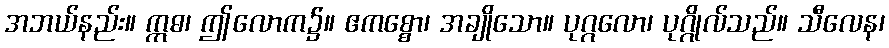
အဘယ်နည်း။ ဣဓ၊ ဤလောက၌။ ဧကစ္စော၊ အချိုသော။ ပုဂ္ဂလော၊ ပုဂ္ဂိုလ်သည်။ သီလေန၊